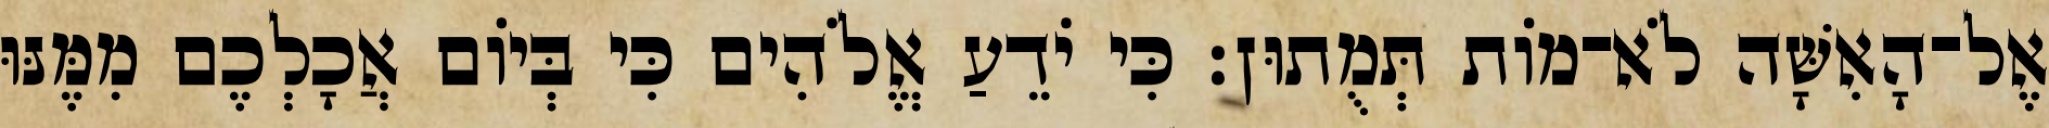
אֶל־הָאִשָּׁה לֹא־מֹות תְּמֻתוּן׃ כִּי יֹדֵעַ אֱלֹהִים כִּי בְּיֹום אֲכָלְכֶם מִמֶּנּוּ